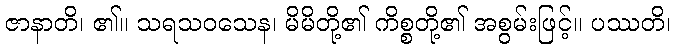
ဇာနာတိ၊ ၏။ သရသဝသေန၊ မိမိတို့၏ ကိစ္စတို့၏ အစွမ်းဖြင့်။ ပဿတိ၊